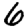
Digit: 6